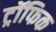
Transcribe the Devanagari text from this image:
ट्रॉफिक